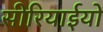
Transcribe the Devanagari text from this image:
सीरियाईयों